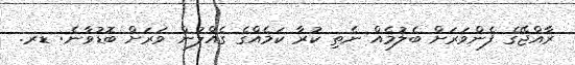
ރާއްޖޭގެ ފެންވަރަށް ބެލުމެއް ނެތި ކުރާ ކަމެއްގެ ގެއްލުން ވަރަށް ބޮޑުވާނެ: ޑރ.